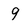
Character: 9